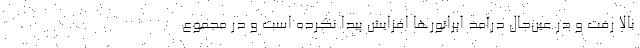
بالا رفت و در عین‌حال درآمد اپراتورها افزایش پیدا نکرده است و در مجموع